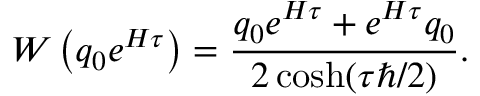
{ \cal W } \left( q _ { 0 } e ^ { { \cal H } \tau } \right) = { \frac { q _ { 0 } e ^ { { \cal H } \tau } + e ^ { { \cal H } \tau } q _ { 0 } } { 2 \cosh ( \tau \hbar / 2 ) } } .